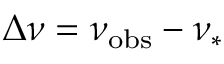
\Delta \nu = \nu _ { \mathrm { o b s } } - \nu _ { \ast }